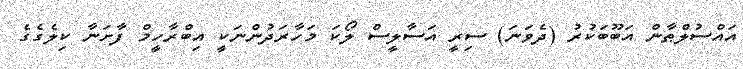
އައްސުލްޠާން އަބޫބަކުރު (ދެވަނަ) ސިރީ އަސާލީސް ލޯކަ މަހާރަދުންނަކީ އިބްރާހީމް ފާށަނާ ކިލެގެގެ